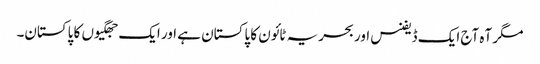
مگر آہ آج ایک ڈیفنس اور بحریہ ٹائون کا پاکستان ہے اور ایک جھگیوں کا پاکستان۔